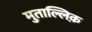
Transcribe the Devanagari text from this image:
मुताल्लिक़